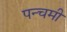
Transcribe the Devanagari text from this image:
पन्चमी